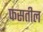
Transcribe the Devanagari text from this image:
फसतील